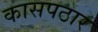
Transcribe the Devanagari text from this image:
कासपठार